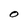
Character: O